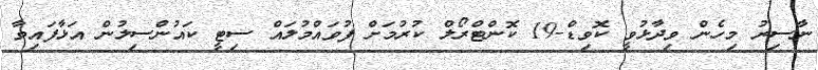
ނާސިރު މިހެން ވިދާޅުވީ ކޮވިޑް-19 ކޮންޓްރޯލް ކުރުމަށް ފުވައްމުލައް ސިޓީ ކައުންސިލުން އަޅާފައިވާ